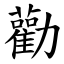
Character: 勸